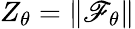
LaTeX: Z_{\theta}=\| \mathscr{F}_{\theta}\|